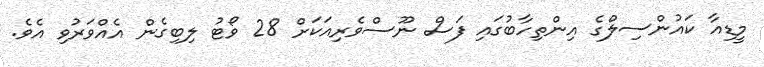
މީޑިއާ ކައުންސިލްގެ އިންތިހާބުގައި ފަސް ނޫސްވެރިއަކަށް 28 ވޯޓު ލިބިގެން އެއްވަރުވި އެވެ.